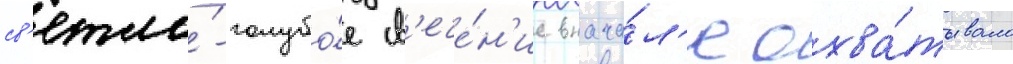
св'етло́-голубо́е св'ече́н'ие внача́л'е охва́тывало